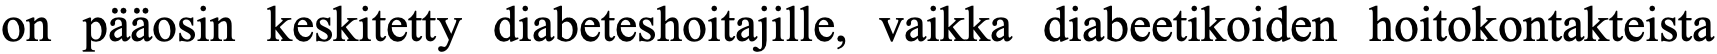
on pääosin keskitetty diabeteshoitajille, vaikka diabeetikoiden hoitokontakteista